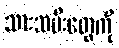
သားသမီးတွေကို